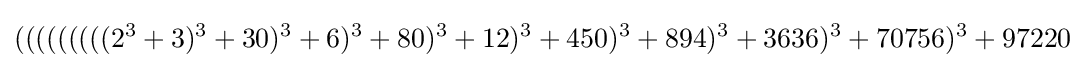
\displaystyle (((((((((2^{3}+3)^{3}+30)^{3}+6)^{3}+80)^{3}+12)^{3}+450)^{3}+894)^{3}+3636)^{3}+70756)^{3}+97220